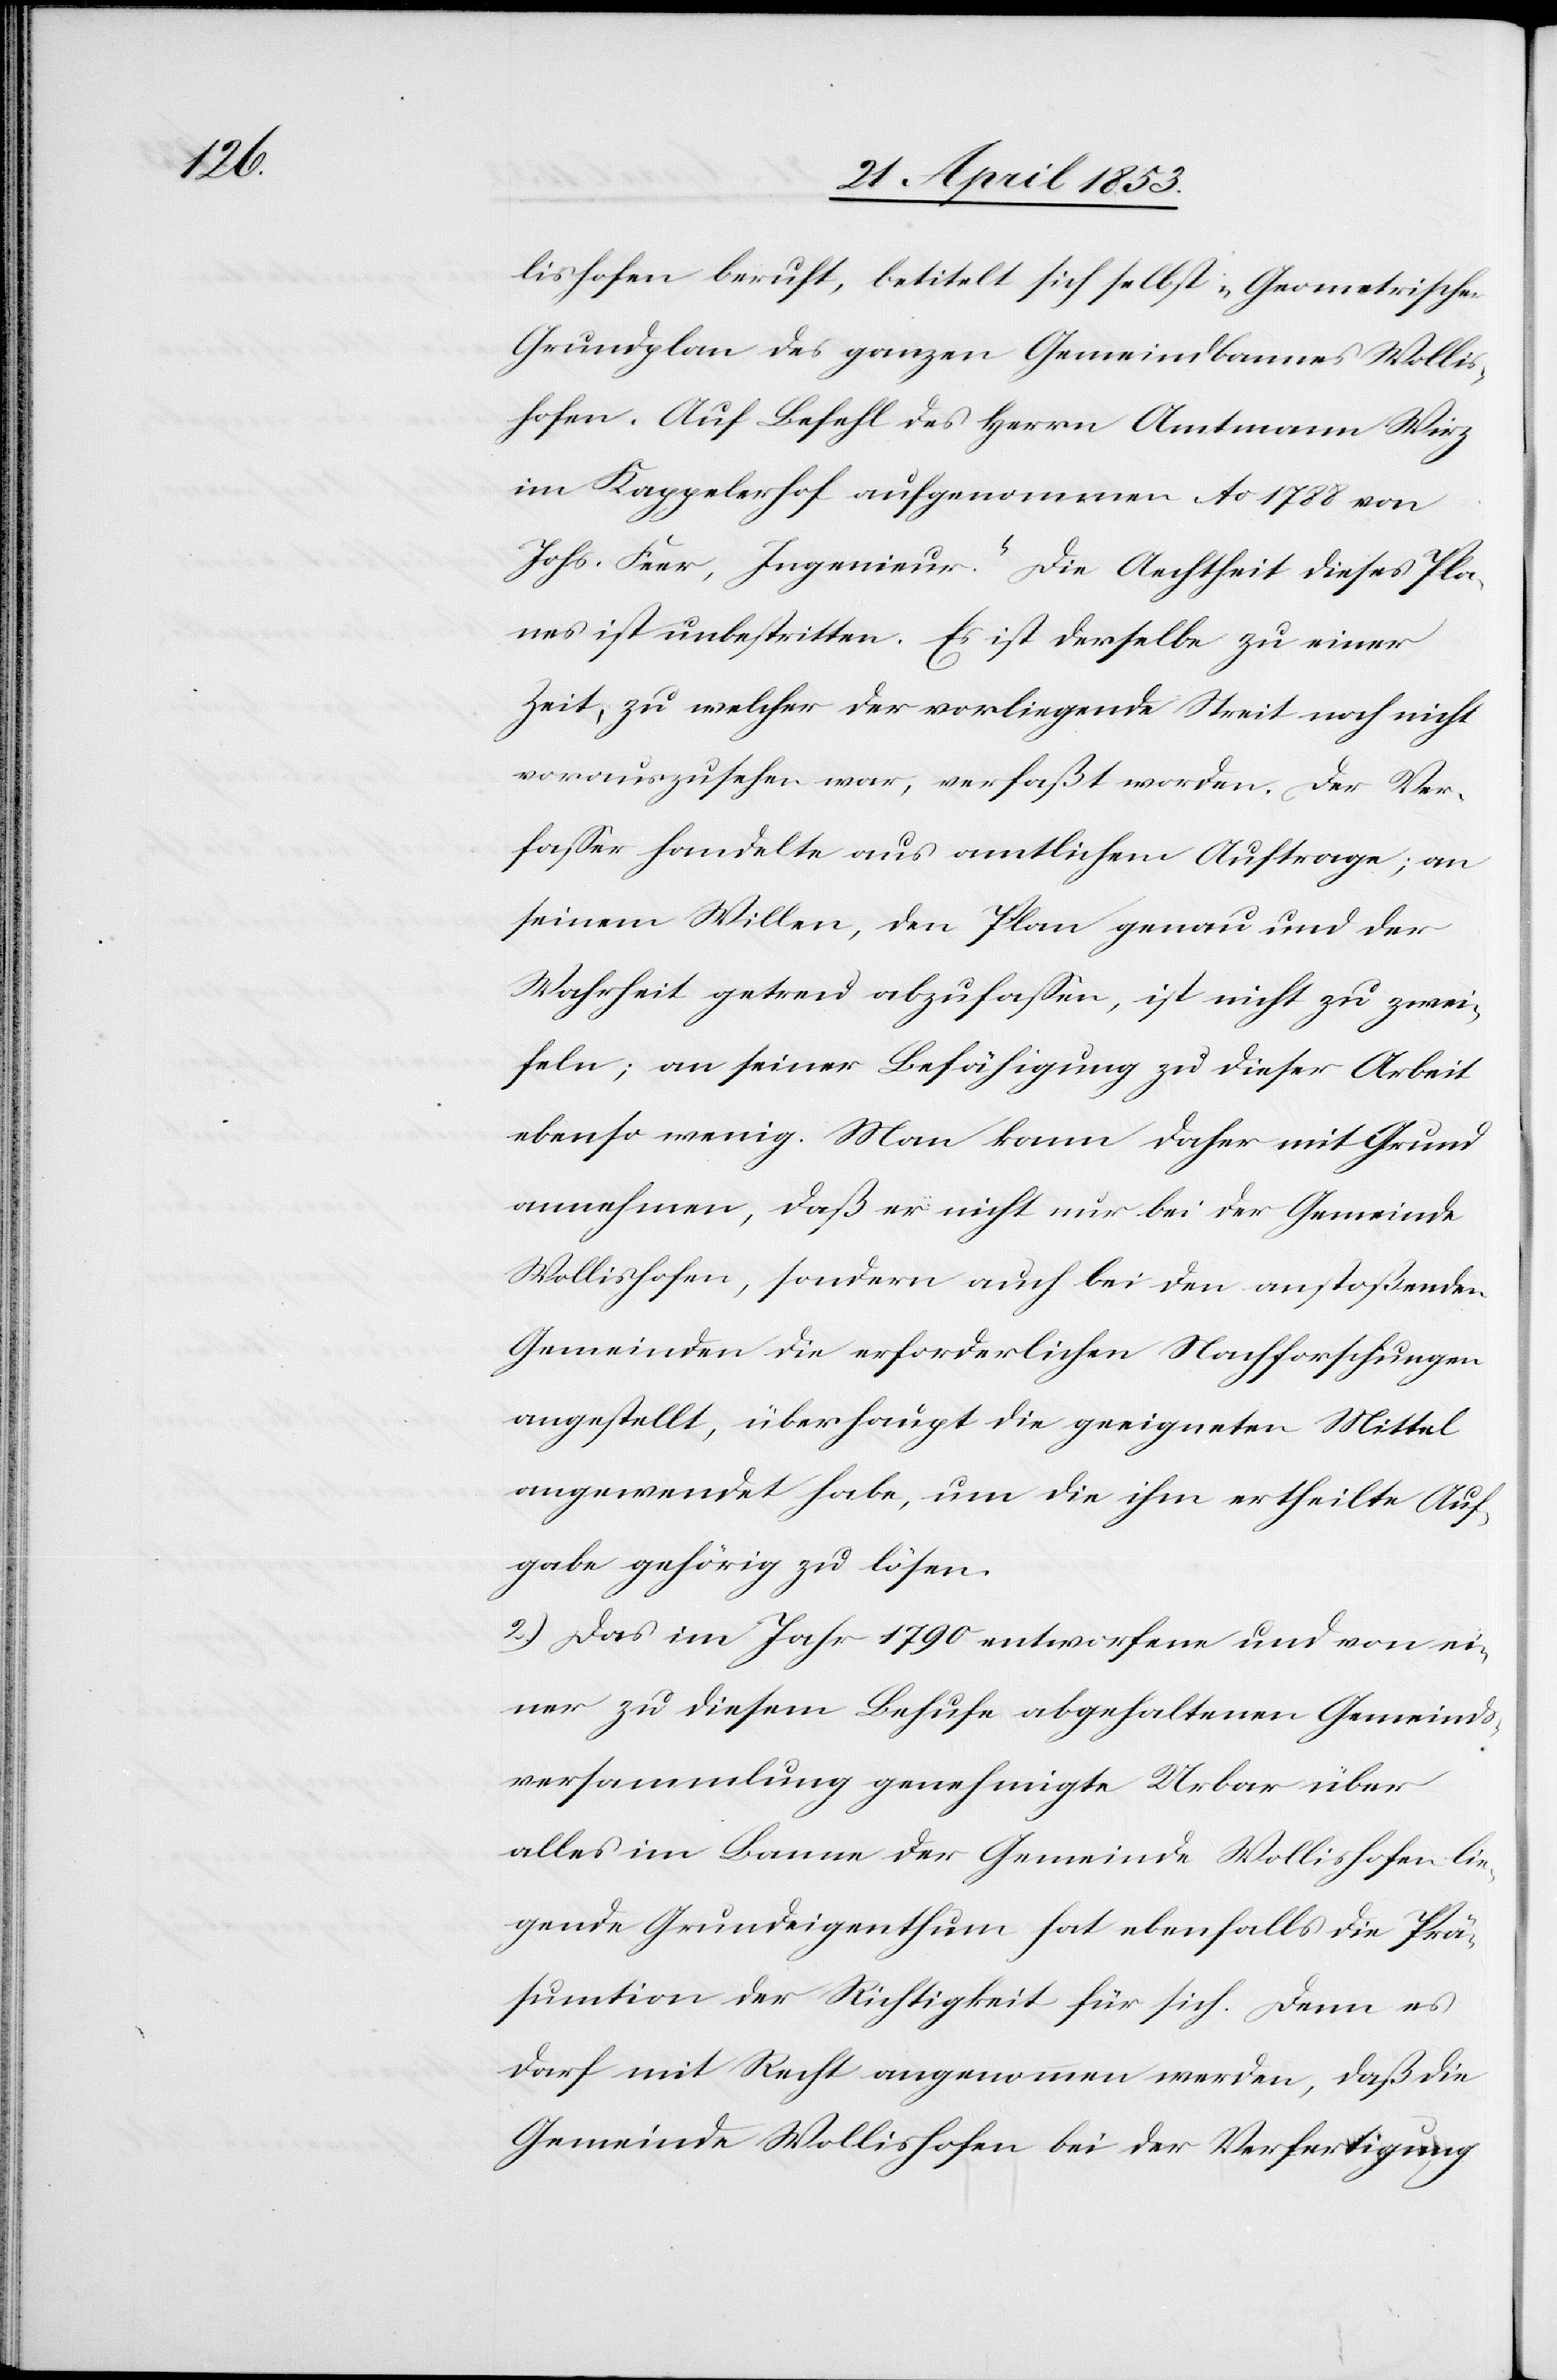
lishofen beruft, betitelt sich selbst „Geometrischer
Grundplan des ganzen Gemeindbannes Wollis¬
hofen. Auf Befehl des Herrn Amtmann Wirz
im Kappelerhof aufgenommen Ao. 1788 von
Johs. Feer, Ingenieur.“ Die Aechtheit dieses Pla¬
nes ist unbestritten. Es ist derselbe zu einer
Zeit, zu welcher der vorliegende Streit noch nicht
vorauszusehen war, verfaßt worden. Der Ver¬
faßer handelte aus amtlichem Auftrage; an
seinem Willen, den Plan genau und der
Wahrheit getreu abzufaßen, ist nicht zu zwei¬
feln; an seiner Befähigung zu dieser Arbeit
ebenso wenig. Man kann daher mit Grund
annehmen, daß er nicht nur bei der Gemeinde
Wollishofen, sondern auch bei den anstoßenden
Gemeinden die erforderlichen Nachforschungen
angestellt, überhaupt die geeigneten Mittel
angewendet habe, um die ihm ertheilte Auf¬
gabe gehörig zu lösen.
2.) Das im Jahr 1790 entworfene und von ei¬
ner zu diesem Behufe abgehaltenen Gemeinds¬
versammlung genehmigte Urbar über
alles im Banne der Gemeinde Wollishofen lie¬
gende Grundeigenthum hat ebenfalls die Prä¬
sumtion der Richtigkeit für sich. Denn es
darf mit Recht angenommen werden, daß die
Gemeinde Wollishofen bei der Verfertigung